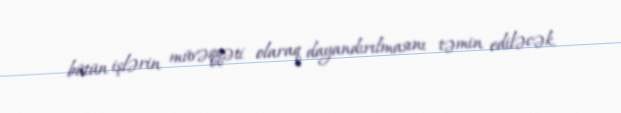
bütün işlərin müvəqqəti olaraq dayandırılmasını təmin ediləcək.